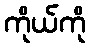
ကိုယ်ကို